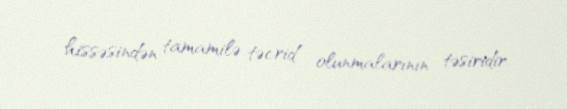
hissəsindən tamamilə təcrid olunmalarının təsiridir.